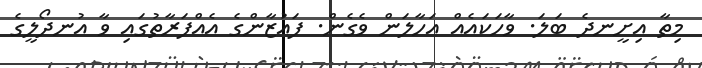
މިތާ އިށީނދެ ބަލަ. ވާހަކައެއް އަހާލަން ވެގެން. ފައުޒާންގެ އެއްފަރާތުގައި ވާ އުނދޯލީގެ